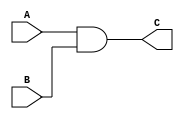
module my_and(C,A,B); 
    // Output definitions
    output C;
    input A,B;
    wire W1;
    // AND gate implemented with NAND gates is
    // effectively two nand gates, daisy chained.
    nand input_nand(W1,A,B);
    nand output_nand(C,W1,W1);
endmodule